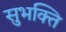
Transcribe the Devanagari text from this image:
सुभक्ति